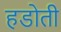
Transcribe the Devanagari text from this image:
हडोती